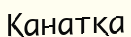
Қанатқа